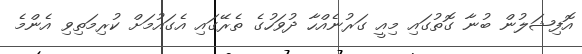
އޮފިޝަލުން ބުނާ ގޮތުގައި މިއީ ގަރުނެއްހާ ދުވަހުގެ ތެރޭގައި އެގައުމަށް ކުރިމަތިވި އެންމެ